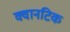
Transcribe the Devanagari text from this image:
क्वानटिक